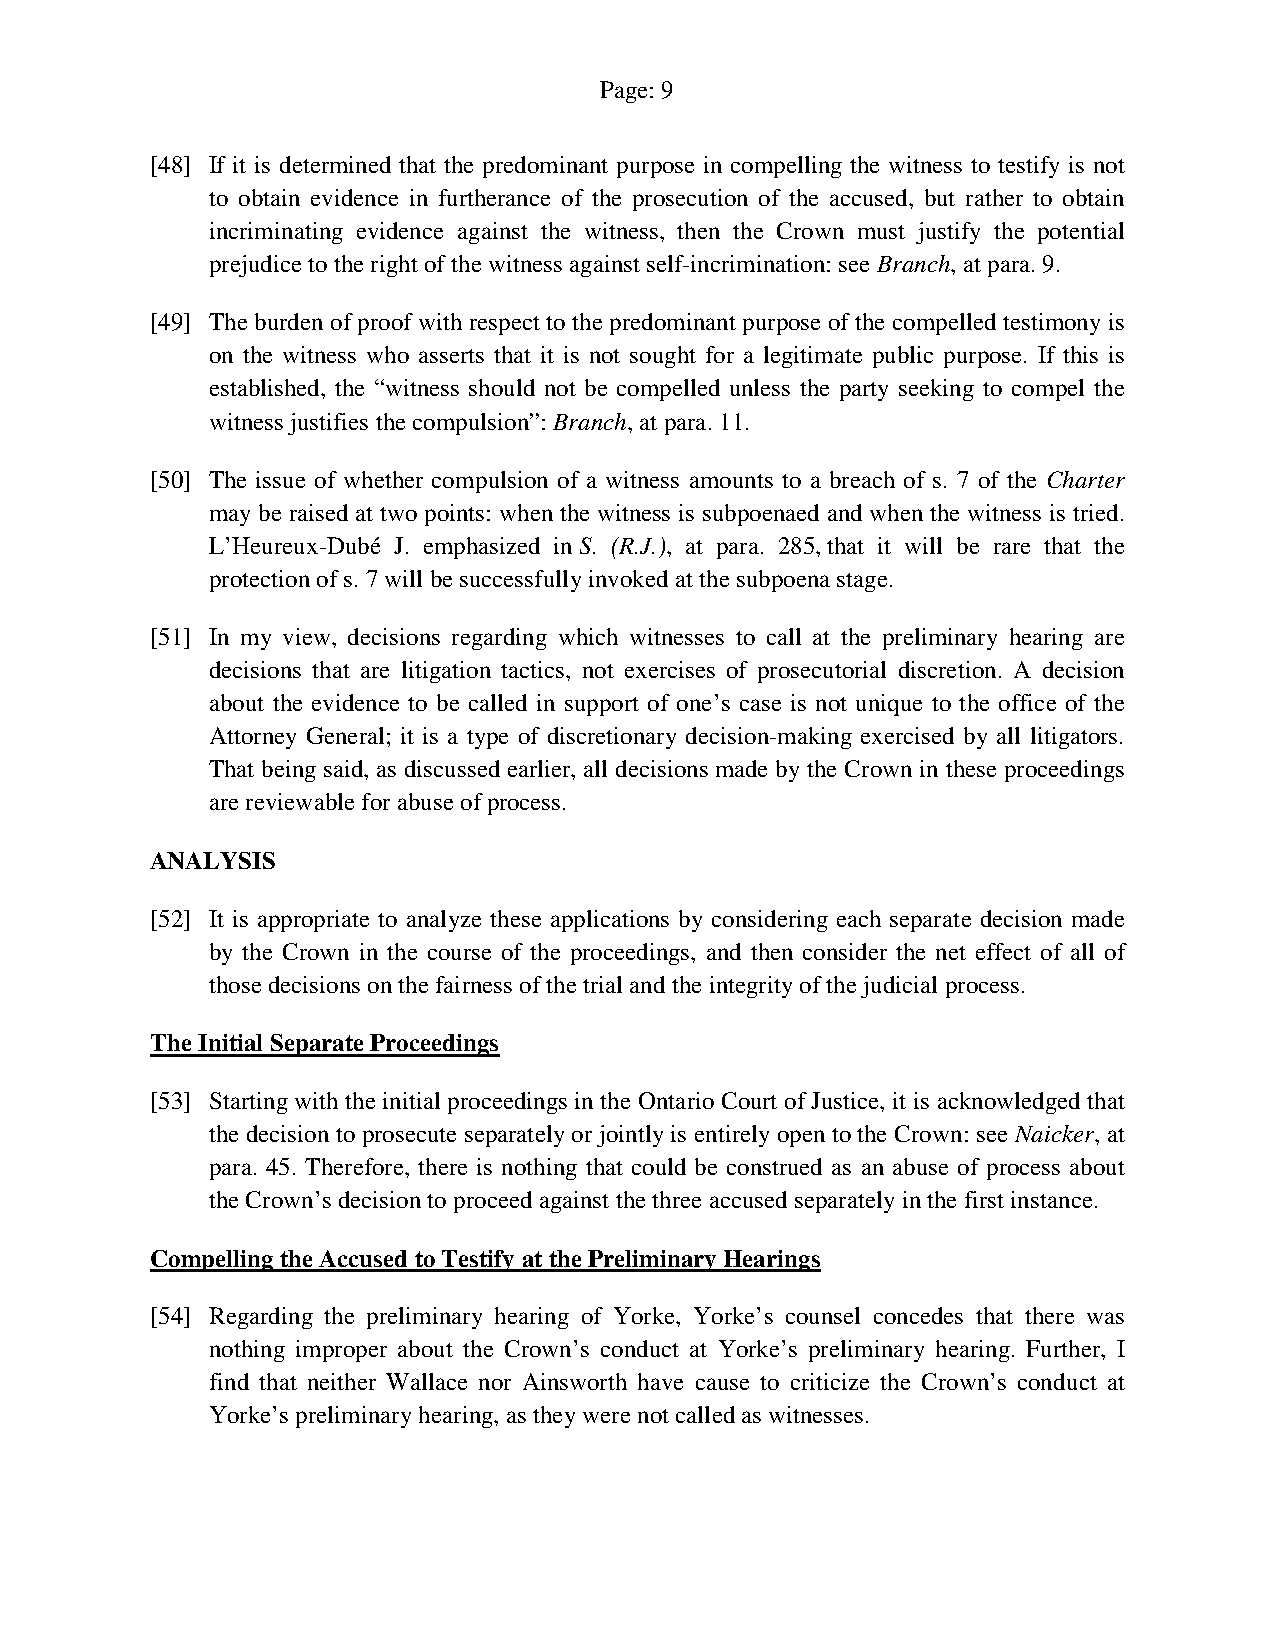
Page: 9
 [48] If it is determined that the predominant purpose in compelling the witness to testify is not
 to obtain evidence in furtherance of the prosecution of the accused, but rather to obtain
 incriminating evidence against the witness, then the Crown must justify the potential
 prejudice to the right of the witness against self-incrimination: see Branch, at para. 9.
 [49] The burden of proof with respect to the predominant purpose of the compelled testimony is
 on the witness who asserts that it is not sought for a legitimate public purpose. If this is
 established, the “witness should not be compelled unless the party seeking to compel the
 witness justifies the compulsion”: Branch, at para. 11.
 [50] The issue of whether compulsion of a witness amounts to a breach of s. 7 of the Charter
 may be raised at two points: when the witness is subpoenaed and when the witness is tried.
 L’Heureux-Dubé J. emphasized in S. (R.J.), at para. 285, that it will be rare that the
 protection of s. 7 will be successfully invoked at the subpoena stage.
 [51] In my view, decisions regarding which witnesses to call at the preliminary hearing are
 decisions that are litigation tactics, not exercises of prosecutorial discretion. A decision
 about the evidence to be called in support of one’s case is not unique to the office of the
 Attorney General; it is a type of discretionary decision-making exercised by all litigators.
 That being said, as discussed earlier, all decisions made by the Crown in these proceedings
 are reviewable for abuse of process.
 ANALYSIS
 [52] It is appropriate to analyze these applications by considering each separate decision made
 by the Crown in the course of the proceedings, and then consider the net effect of all of
 those decisions on the fairness of the trial and the integrity of the judicial process.
 The Initial Separate Proceedings
 [53] Starting with the initial proceedings in the Ontario Court of Justice, it is acknowledged that
 the decision to prosecute separately or jointly is entirely open to the Crown: see Naicker, at
 para. 45. Therefore, there is nothing that could be construed as an abuse of process about
 the Crown’s decision to proceed against the three accused separately in the first instance.
 Compelling the Accused to Testify at the Preliminary Hearings
 [54] Regarding the preliminary hearing of Yorke, Yorke’s counsel concedes that there was
 nothing improper about the Crown’s conduct at Yorke’s preliminary hearing. Further, I
 find that neither Wallace nor Ainsworth have cause to criticize the Crown’s conduct at
 Yorke’s preliminary hearing, as they were not called as witnesses.